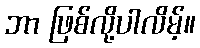
ဘာ ဖြစ်လို့ပါလိမ့်။